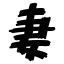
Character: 妻